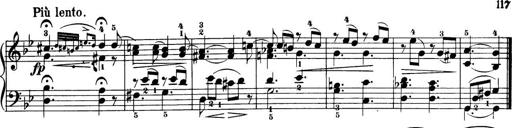
Title: 32 Sonatinas and Rondos for the Piano
Composer: Richard Kleinmichel